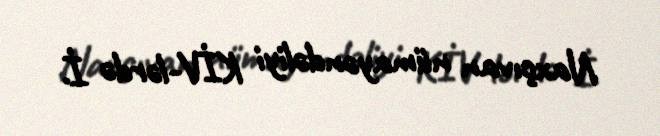
Naxçıvan nümayəndəliyi KİV-lərdə İ.